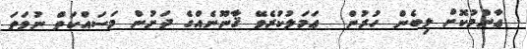
. ޢާންމުކޮށް ލިބެން ހުރުން  ޢަމަލުކުރެވޭ ޤާނޫނެއްގެ ދަށުން މަސައްކަތް ނުވަތަ